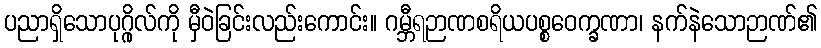
ပညာရှိသောပုဂ္ဂိုလ်ကို မှီဝဲခြင်းလည်းကောင်း။ ဂမ္ဘီရဉာဏစရိယပစ္စဝေက္ခဏာ၊ နက်နဲသောဉာဏ်၏